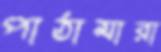
পাঠামারা